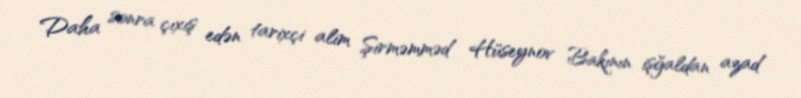
Daha sonra çıxış edən tarixçi alim Şirməmməd Hüseynov Bakının işğaldan azad